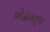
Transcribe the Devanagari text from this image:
बोद्धस्तूप